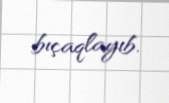
bıçaqlayıb.